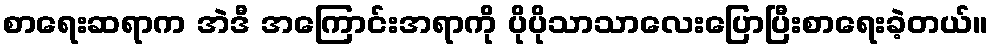
စာရေးဆရာက အဲဒီ အကြောင်းအရာကို ပိုပိုသာသာလေးပြောပြီးစာရေးခဲ့တယ်။